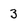
Character: 3